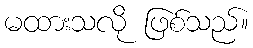
မထားသလို ဖြစ်သည်။